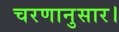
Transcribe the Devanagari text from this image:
चरणानुसार।